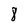
Character: 8